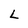
Character: L